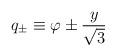
LaTeX: \begin{align*}q_{\pm} \equiv \varphi \pm {y \over \sqrt{3}}\end{align*}